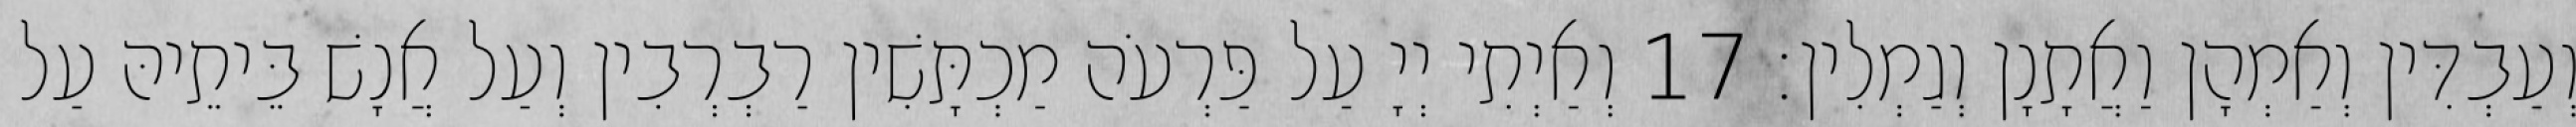
וְעַבְדִּין וְאַמְהָן וַאֲתָנָן וְגַמְלִין׃ 17 וְאַיְתִי יְיָ עַל פַּרְעֹה מַכְתָּשִׁין רַבְרְבִין וְעַל אֲנָשׁ בֵּיתֵיהּ עַל